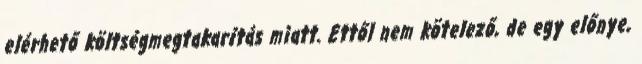
elérhető költségmegtakarítás miatt. Ettől nem kötelező, de egy előnye,